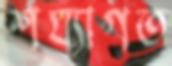
শয্যাগত